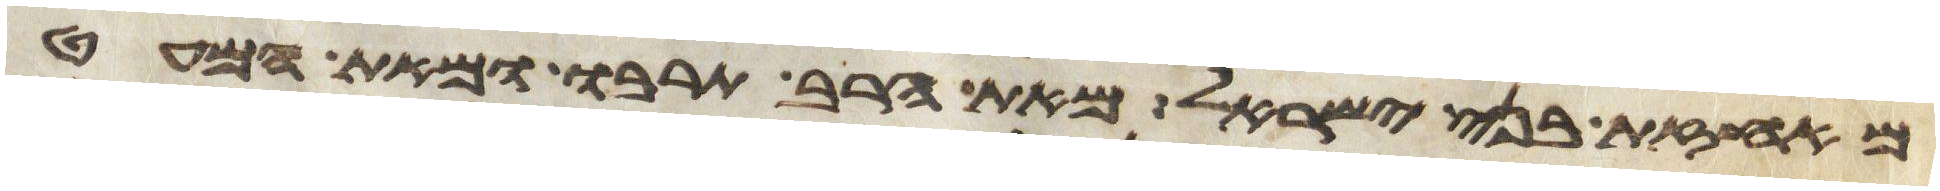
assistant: מאחזת בני ישראל מאת הרב תרבו ומאת המעט